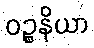
ဝဉ္စနိယာ